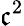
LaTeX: \mathfrak{c}^{2}